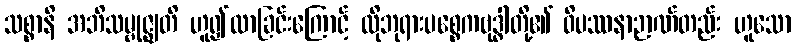
သစ္စာနိ အဘိသမ္ဗုဇ္ဈတိ ဟူ၍လာခြင်းကြောင့် ထိုဘုရားပစ္စေကဗုဒ္ဓါတို့၏ ဝိပဿနာဉာဏ်တည်း ဟူသော